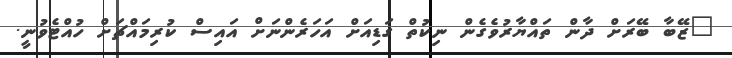
"ޒޭބާ ބޭރަށް ދާން ތައްޔާރުވެގެން ނިކުތް ގަޑިއަށް އަހަރެންނަށް އައިސް ކުރިމައްޗަށް ހުއްޓެވުނީ.